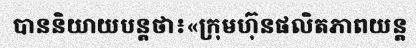
បាននិយាយបន្តថា៖«ក្រុមហ៊ុនផលិតភាពយន្ត